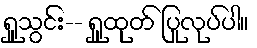
ရှူသွင်း-- ရှူထုတ် ပြုလုပ်ပါ။